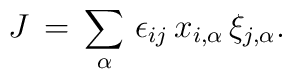
J\,=\,\sum_{\alpha}\,\epsilon_{ij}\,x_{i,\alpha}\,\xi_{j,\alpha}.